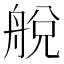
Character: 𦩃